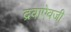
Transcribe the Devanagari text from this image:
द्रवाऐवजी